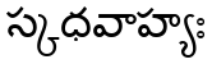
స్కధవాహ్యః